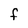
Character: F